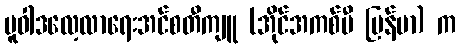
မူဝါဒလေ့လာရေးအင်စတီကျူ (အိုင်အကစ်ပီ မြန်မာ) က